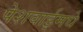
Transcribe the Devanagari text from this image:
पेशवाईमधे